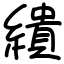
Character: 繢